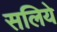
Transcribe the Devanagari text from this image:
सलिये